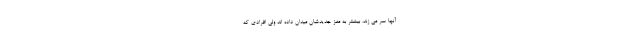
آنها سر می زند، بیشتر به مغز جدیدشان میدان داده اند ولی افرادی که